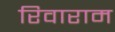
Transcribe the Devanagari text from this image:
रिवाराम